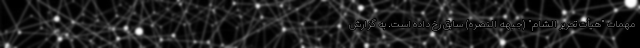
مهمات "هیأت تحریر الشام" (جبهه النصره) سابق رخ داده است. به گزارش